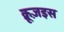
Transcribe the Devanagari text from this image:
क्रूज़इस